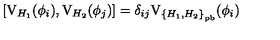
\left[ \mathrm { V } _ { H _ { 1 } } ( \phi _ { i } ) , \mathrm { V } _ { H _ { 2 } } ( \phi _ { j } ) \right] = \delta _ { i j } \mathrm { V } _ { { \{ H _ { 1 } , H _ { 2 } \} } _ { \mathrm { p b } } } ( \phi _ { i } )